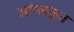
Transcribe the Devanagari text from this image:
आंग्लकृत